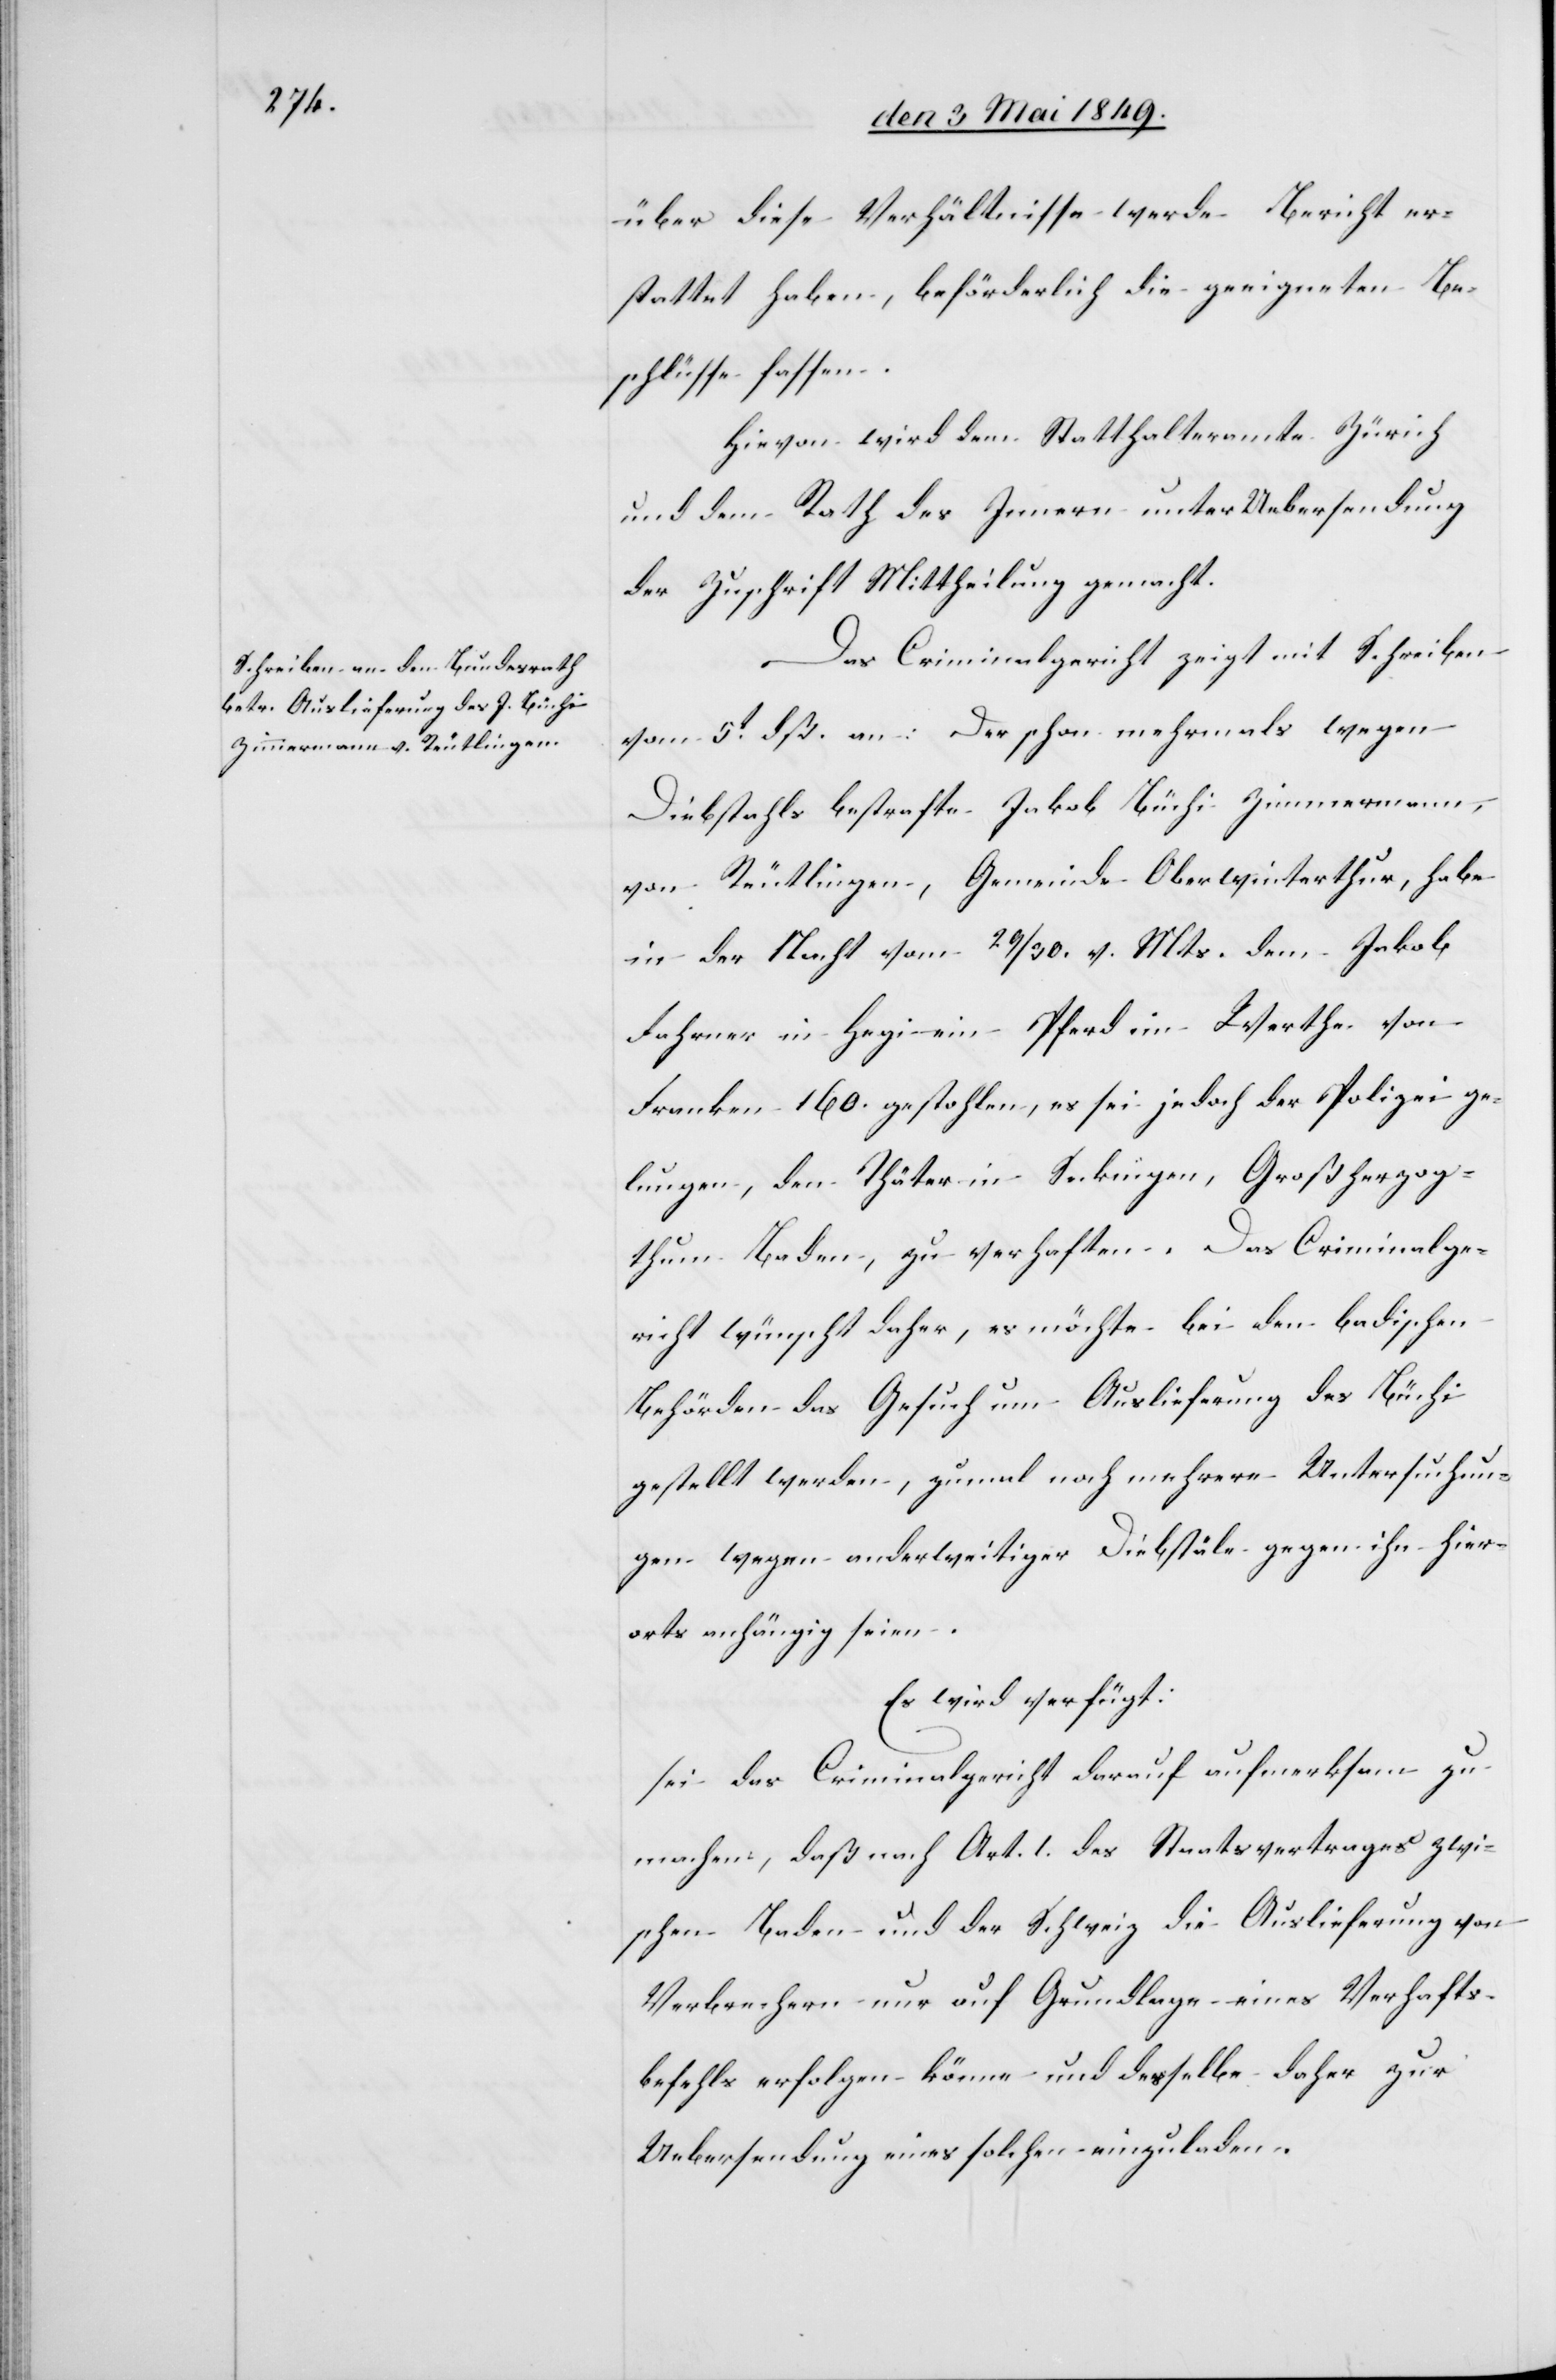
den 8t Mai 1849.]
über diese Verhältnisse werde Bericht er¬
stattet haben, beförderlich die geeigneten Be¬
schlüsse fassen.
Hievon wird dem Statthalteramte Zürich
und dem Rath des Innern unter Uebersendung
der Zuschrift Mittheilung gemacht.
Das Criminalgericht zeigt mit Schreiben
Actum
vom 5t dß. an: Der schon mehrmals wegen
Diebstahls bestrafte Jakob Büchi Zimmermann,
von Reutlingen, Gemeinde Oberwinterthur, habe
in der Nacht vom 29/30. v. Mts. dem Jakob
Fahrner in Hegi ein Pferd im Werthe von
Franken 160. gestohlen, es sei jedoch der Polizei ge¬
lungen, den Thäter in Seckingen, Großherzog¬
thum Baden, zu verhaften. Das Criminalge¬
richt wünscht daher, es möchte bei den badischen
Behörden das Gesuch um Auslieferung des Büchi
gestellt werden, zumal noch mehrere Untersuchun¬
gen wegen anderweitiger Diebstäle gegen ihn hier¬
orts anhängig seien.
Es wird verfügt:
sei das Criminalgericht darauf aufmerksam zu
machen, daß nach Art. 1 des Staatsvertrages zwi¬
schen Baden und der Schweiz die Auslieferung von
Verbrechen nur auf Grundlage eines Verhafts¬
befehls erfolgen könne und dasselbe daher zur
Uebersendung eines solchen einzuladen.